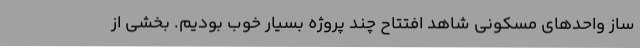
ساز واحدهای مسکونی شاهد افتتاح چند پروژه بسیار خوب بودیم. بخشی از